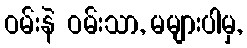
ဝမ်းနဲ ဝမ်းသာ, မများပါမှ,